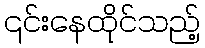
၎င်းနေထိုင်သည့်